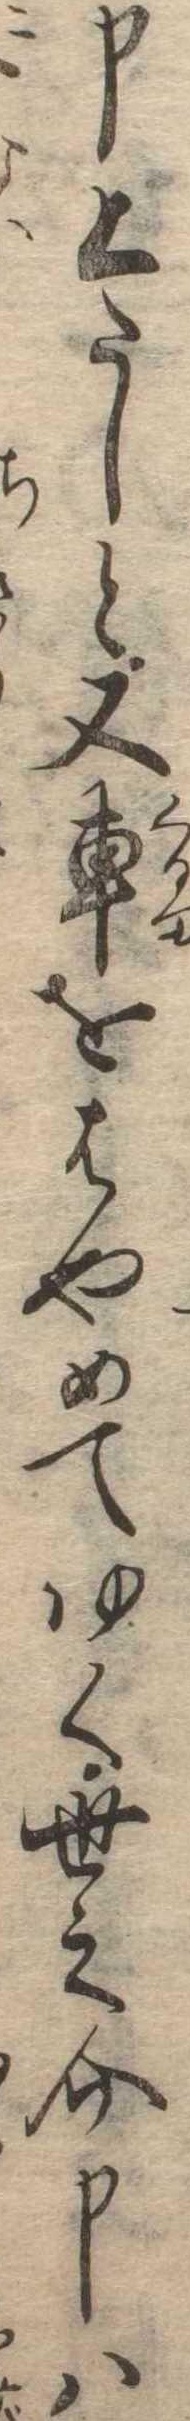
申上たしと又車をはやめてゆく世之介申は